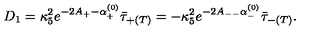
D _ { 1 } = \kappa _ { 5 } ^ { 2 } e ^ { - 2 A _ { + } - \alpha _ { + } ^ { ( 0 ) } } \bar { \tau } _ { + ( T ) } = - \kappa _ { 5 } ^ { 2 } e ^ { - 2 A _ { -- } \alpha _ { - } ^ { ( 0 ) } } \bar { \tau } _ { - ( T ) } .